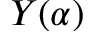
Y ( \alpha )